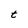
Character: t